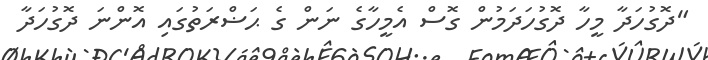
"ދޮގުހަދާ މީހާ ދޮގުހަދަމުން ގޮސް އެމީހާގެ ނަން ގެ ޙަޟްރަތުގައި އޮންނަ ދޮގުހަދާ